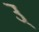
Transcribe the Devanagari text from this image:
उ्